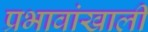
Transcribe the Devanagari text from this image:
प्रभावांखाली